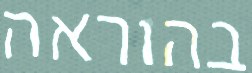
בהוראה